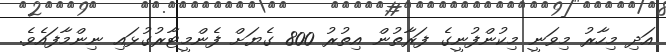
އަދި މިހާރު މިވަނީ މިކުންފުނީގެ ފަރާތުން އިތުރު 800 ގެޔަށް ފެންމީޓާރުގުޅައި ނިންމާފައެވެ.